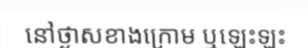
នៅថ្ងាសខាងក្រោម ឬឡេះឡះ